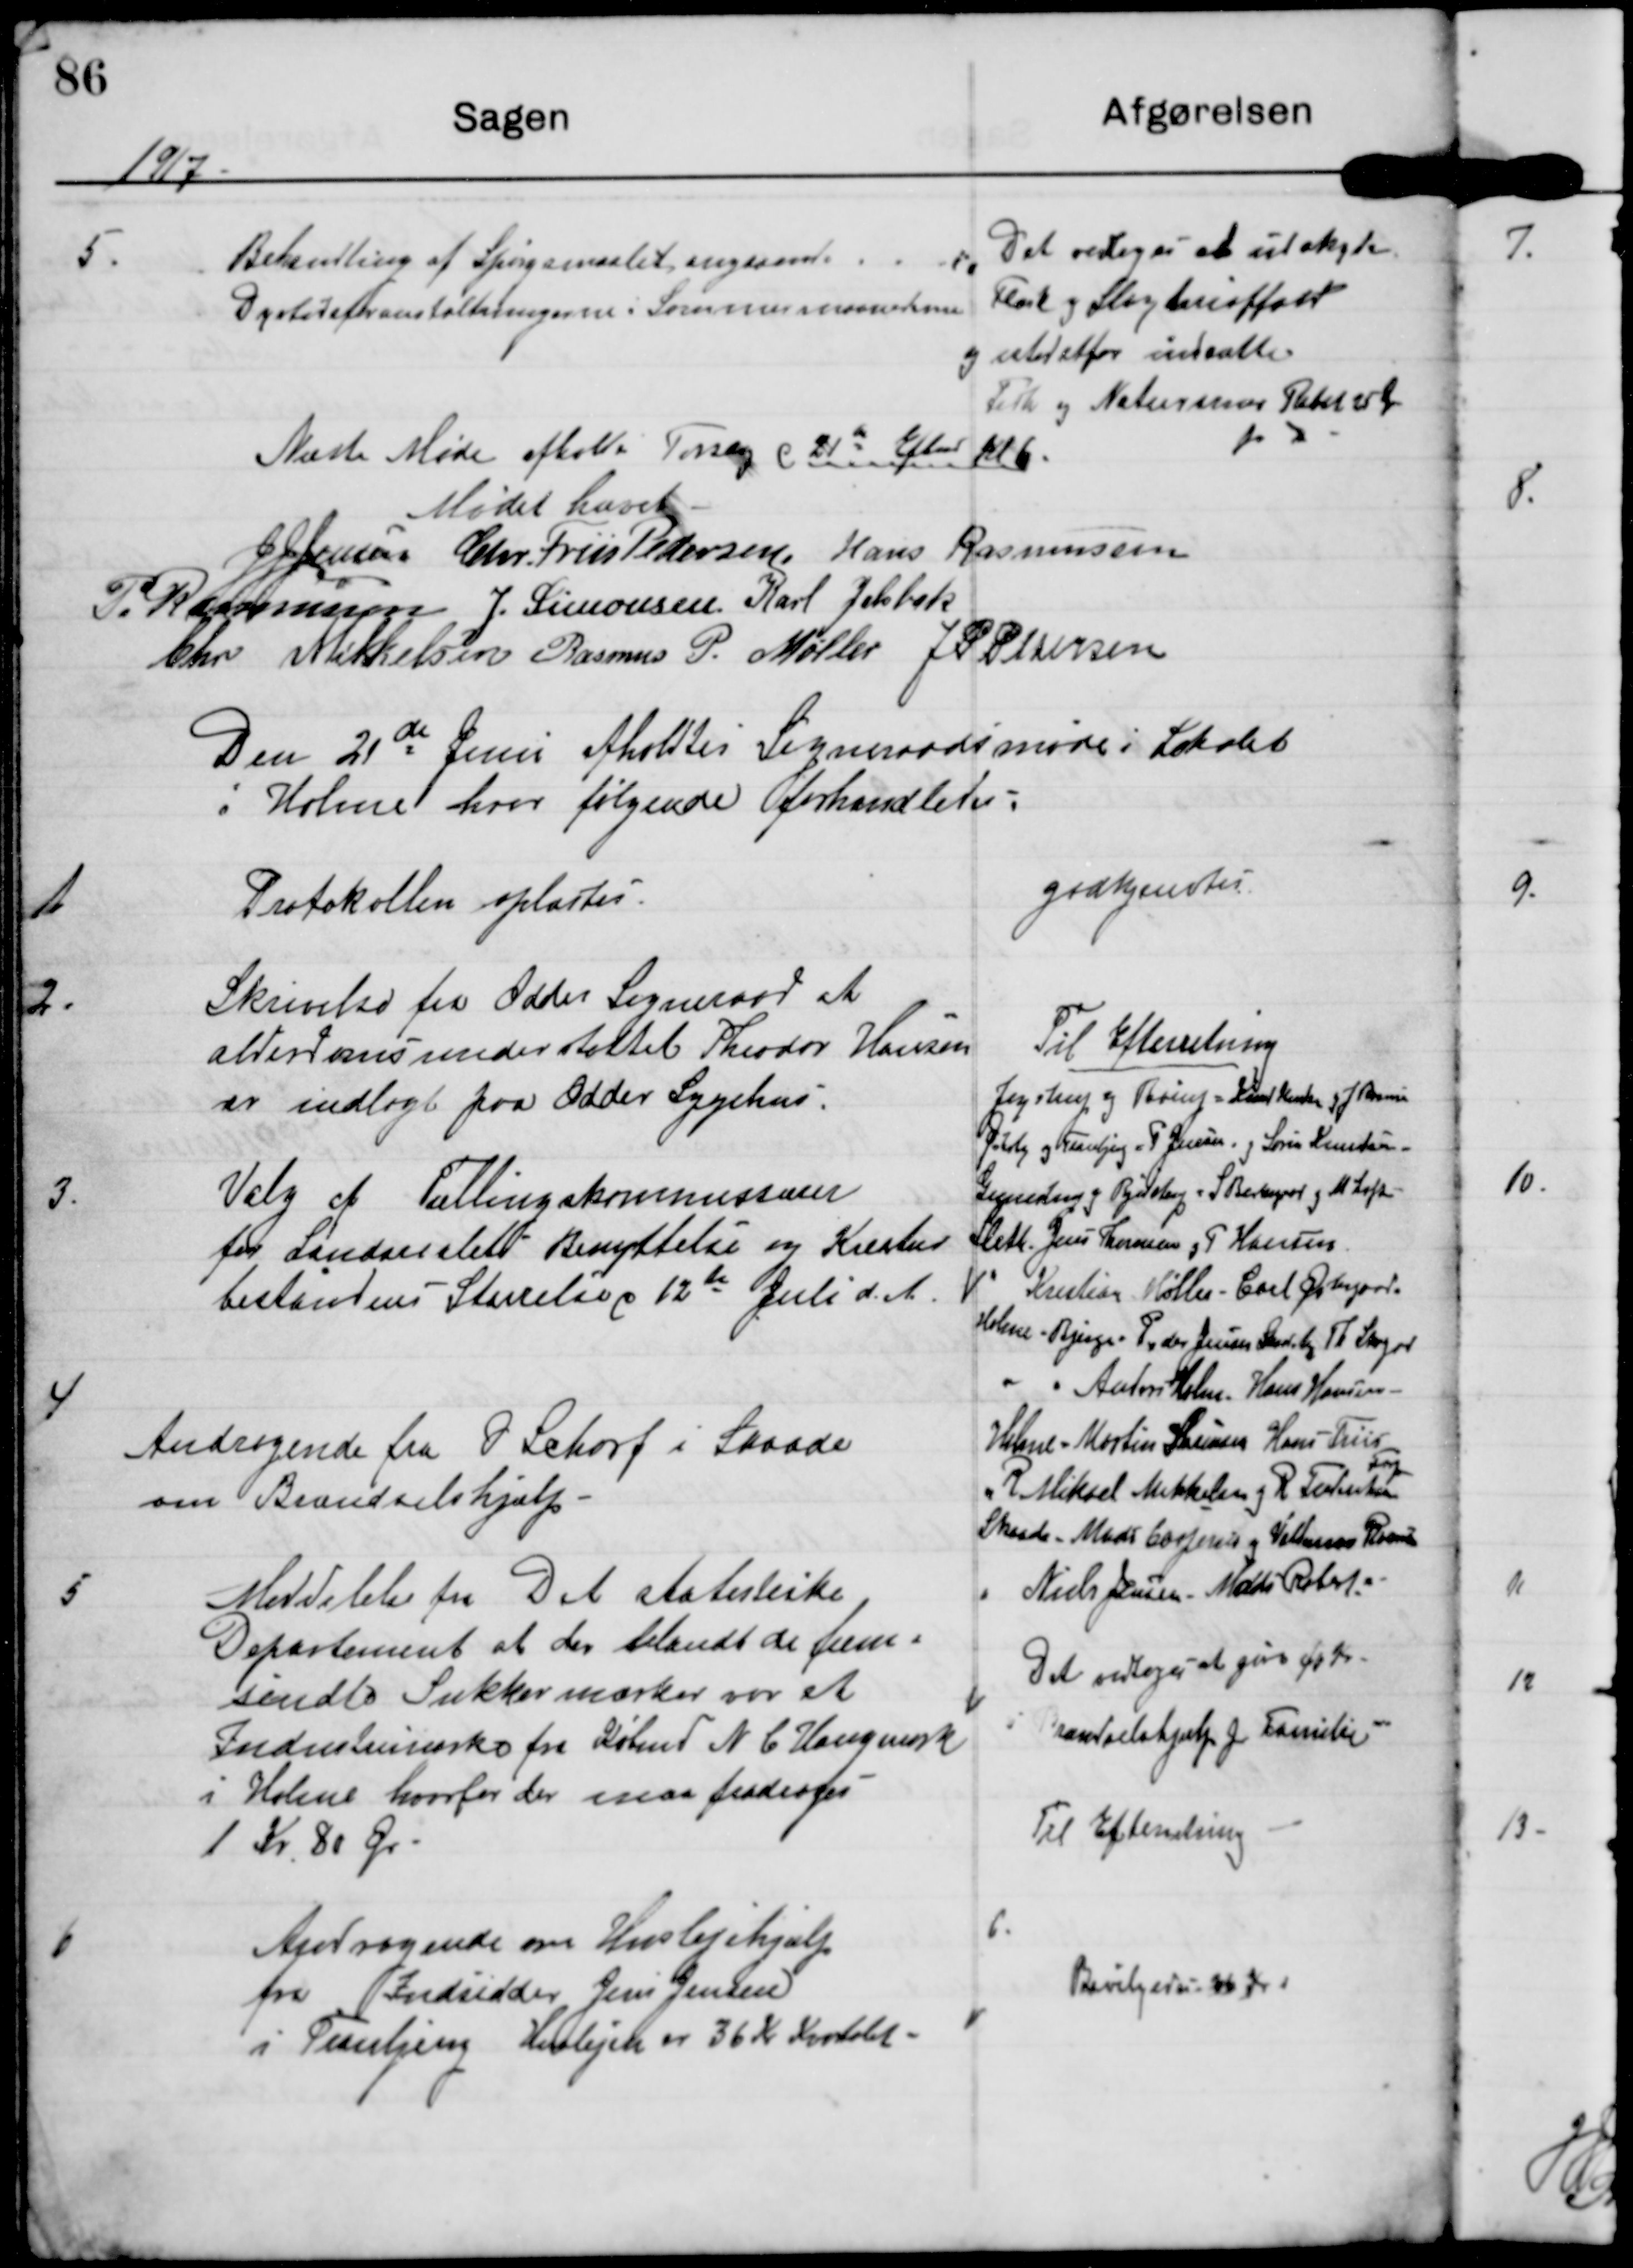
Transskription:
1917

5.
Behandling af Spørgsmaalet angaaende
Dyrtidsforanstaltningerne i Sommermaanederne

Det vedtoges at udskyde
Flæsk og Slagteriaffald
og istedetfor indsætte
Fisk og Naturernes Rabat 25 Ør

Næste Møde afholes Torsdag d 21de Efter Kl 6

Mødet hævet

J J Jensen

Chr Friis Pedersen

Hans Rasmussen

P. Rasmussen

J. Simonsen

Karl Jelsbak

Chr Mikkelsen

Rasmus P. Møller

J P Petersen

Den 21de Juni Aholdtes Sogneraadsmøde i Lokalet
i Holme hvor følgende forhandledes

1.
Protokollen oplæstes

Godkjentes

2.
Skrivelse fra Odder Sogneraad at
alderdomsunderstøttede Theodor Hansen
er indlagt paa Odder Sygehus.

Til Efterretning

3.
Valg af Tællingskommissærer
for Landarealets Benyttelse og Kreatur-
bestandens Størrelse d 12de Juli d.A.

Jegstrup og Børup. Knud Hansen og J Rasmussen
Østerby og Tranbjerg. P Jensen og Søren Knudsen
Gunnestrup og Bjødstrup. S Bechgaard og M Loft
Sleth. Jens Thomsen og P Hansen
 Kristian Møller - Carl Østergaard
Holme Bjerge. Peder Jensen S og Th S
Anton Holm. Hans Hansen
Holme. Martin Laursen Hans Friis
R Mikkel Mikkelsen og R
Skaade. Mads Caspeersen og Villiam R
Niels Jensen, Mads Polst

4
Andragende fra D Schorf i Skaade
om Brændselshjælp

Det vedtoges at give 40 kr
i Brændselshjælp p Familie

5.
Meddelelse fra Det statistiske
Departement at der blandt de frem-
sendte Sukkermærker var et
Industrimærke fra Købmd N.C Haugaard
i Holme hvorfor der maa fradrages
1 Kr 80 Øre

Til Efterretning

6
Andragende om Huslejehjælp
fra Indsidder Jens Jensen
i Tranbjerg. Huslejen er 36 Kr Kvartalet

Bevilgedes 36 kr